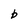
Character: b